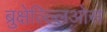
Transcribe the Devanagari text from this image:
ब्रुक्षेल्ल्लिओस